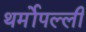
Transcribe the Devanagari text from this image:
थर्मोपल्ली